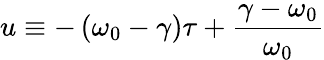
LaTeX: u\equiv-\left(\omega_{0}-\gamma\right)\tau+\frac{\gamma-\omega_{0}}{\omega_{0}}